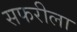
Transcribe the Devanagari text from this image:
सफरीला